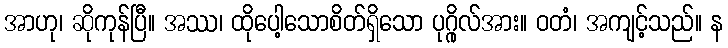
အာဟု၊ ဆိုကုန်ပြီ။ အဿ၊ ထိုပေါ့သောစိတ်ရှိသော ပုဂ္ဂိုလ်အား။ ဝတံ၊ အကျင့်သည်။ န